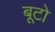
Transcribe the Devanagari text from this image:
बूटो